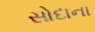
સોદાના